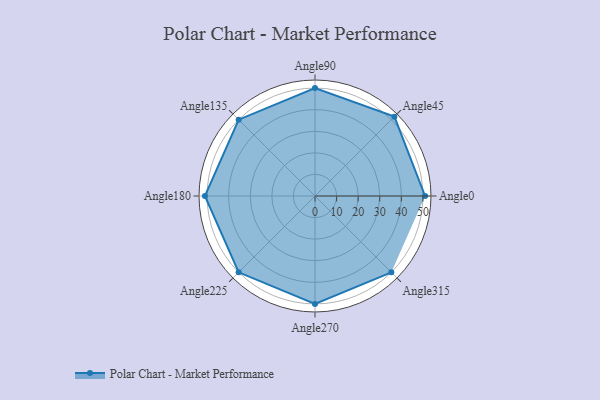
{"axis": {"x": "Angle", "y": "Radius"}, "legend": [""], "data": [{"x": "Angle0", "y": 51.0, "type": ""}, {"x": "Angle45", "y": 52.0, "type": ""}, {"x": "Angle90", "y": 50, "type": ""}, {"x": "Angle135", "y": 50, "type": ""}, {"x": "Angle180", "y": 51.0, "type": ""}, {"x": "Angle225", "y": 50, "type": ""}, {"x": "Angle270", "y": 50, "type": ""}, {"x": "Angle315", "y": 50, "type": ""}]}